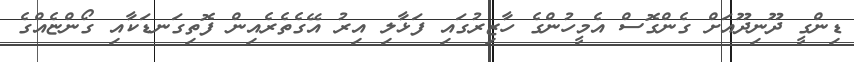
ޑިންގީ ދޫނިދޫއަށް ގެންގޮސް އެމީހުންގެ ހާޒިރުގައި ފަޅާލި އިރު އޭގެތެރެއިން ފޮތިގަނޑަކާއި ގޯންޏެއްގެ